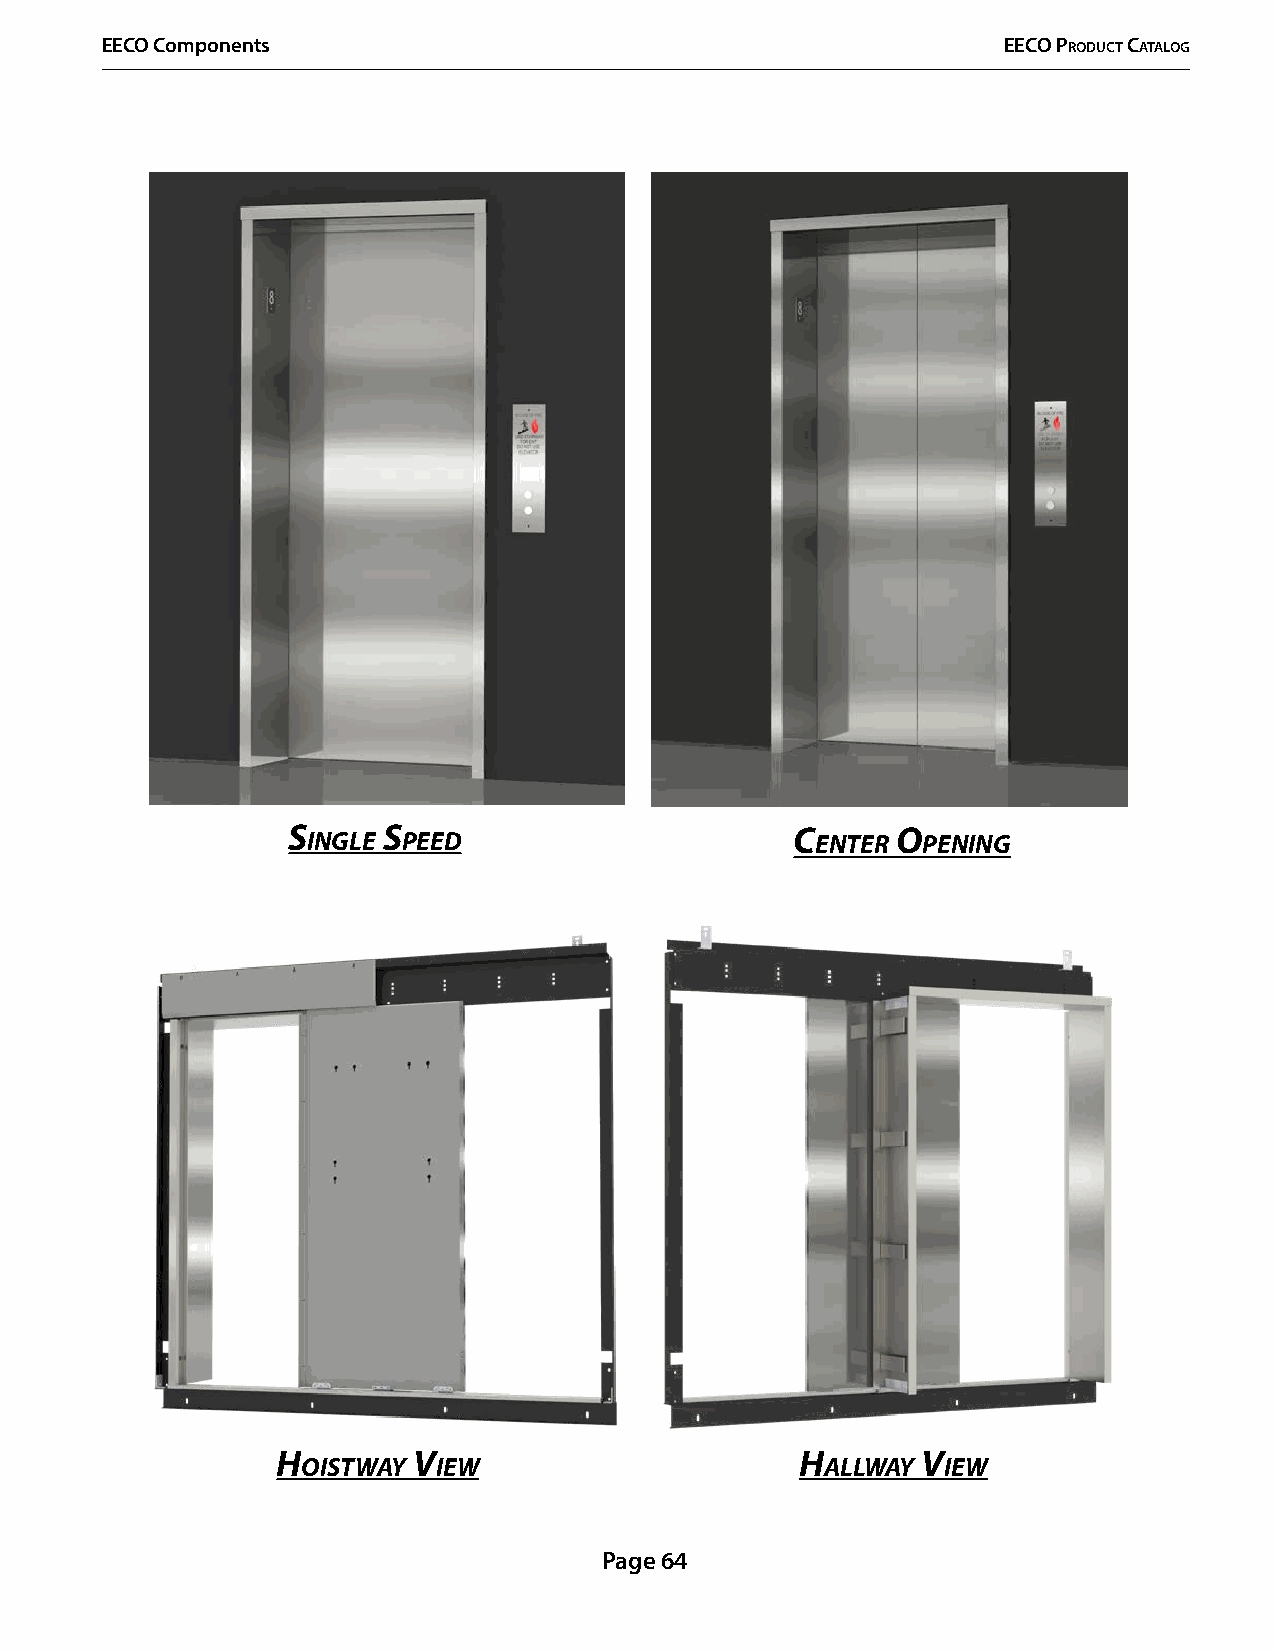
EECO Components                                            EECO PrOduCt CatalOg
 s ingle s peeD                    C enter o pening
 H        v                         H       v
 oistway  iew                       allway  iew
 Page 64